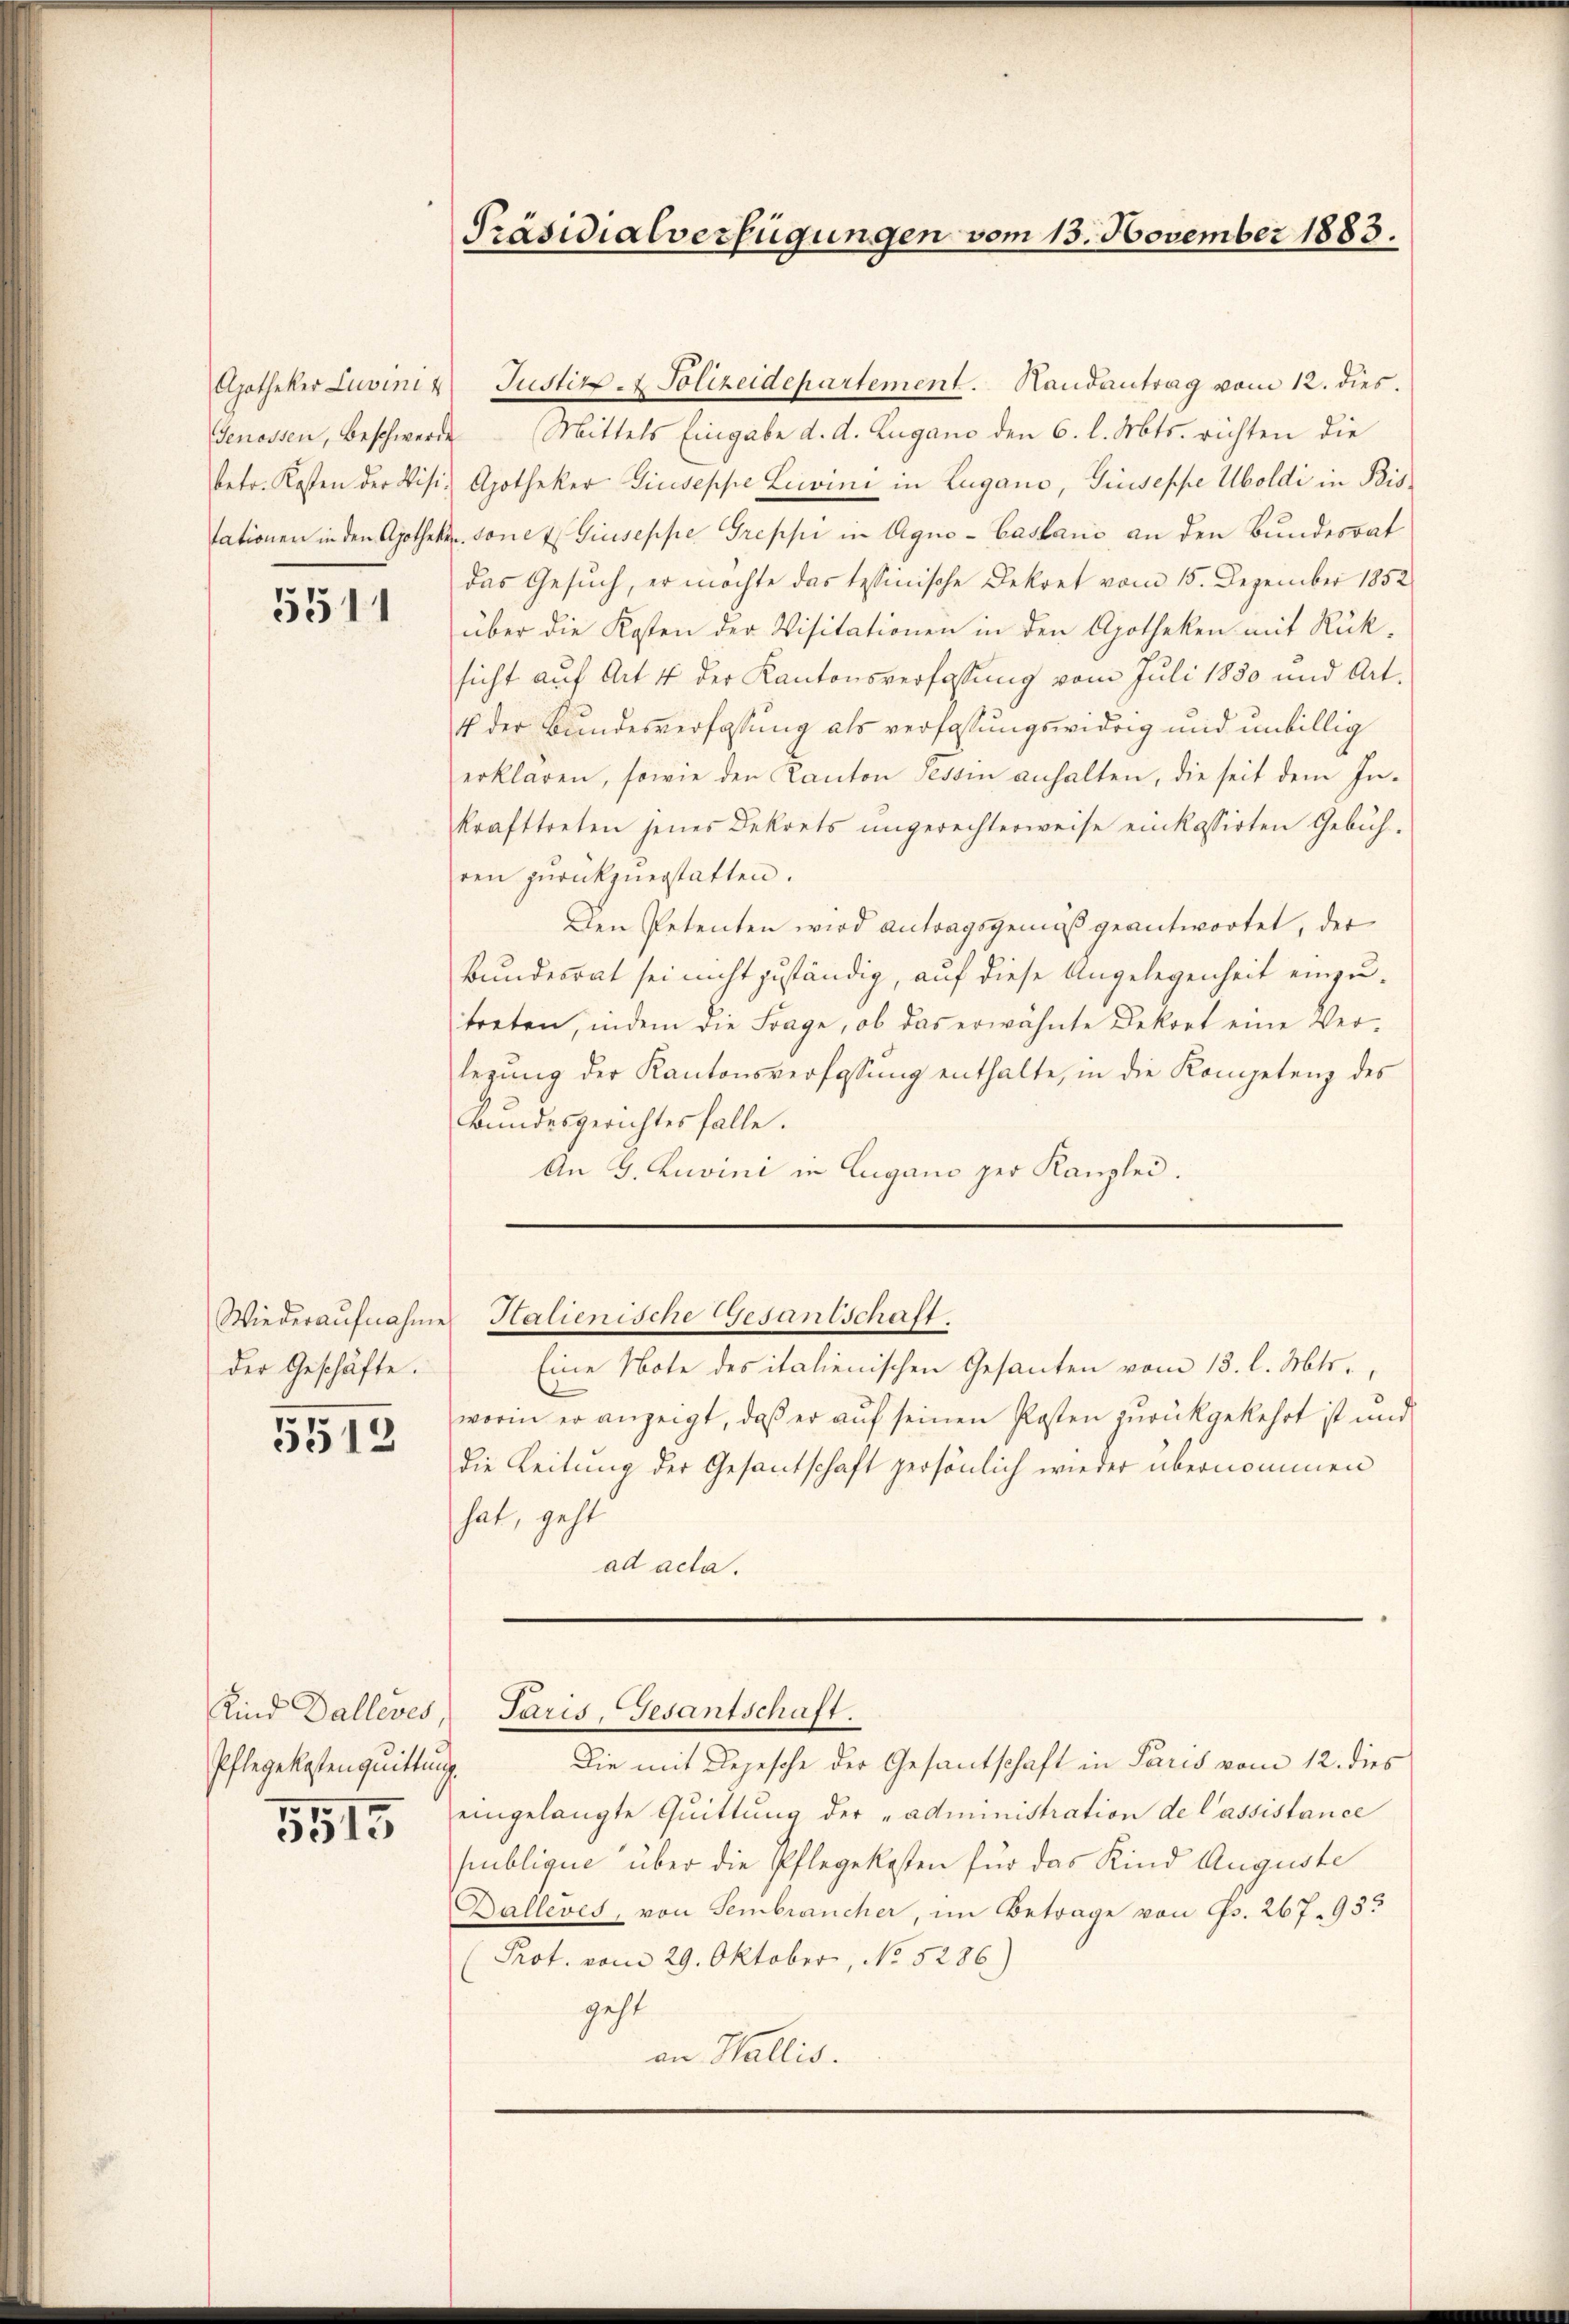
Genossen, Beschwerde

5511

Apotheker Luvini u Justiz- & Polizeidepartement. Handantrag vom 12. dies
Mittels Eingabe d. d. Zugano den 6. l. Mts. richten die
betr. Kosten der Visi, Apotheker Giuseppe Luvini in Lugano, Giuseppe Uboldi in Bristationen in den Apotheken. Sonet Giuseppe Treppe in Agno-Castani an den Bundesrat
das Gesŭch, er möchte das tessinische Dekret vom 15. Dezember 1852
über die Kosten der Visitationen in den Apotheken mit Rück-
sicht auf Art 14 der Kantonsverfassung vom Juli 1850 und Art.
4 der Bundesverfassung als verfassungswidrig und unbillig
erklären, sowie den Kanton Tessin anhalten, die seit dem In-
krafttreten jenes Dekrets ungerechterweise einkassirten Gebühren zŭrückzuerstatten.
Den Petenten wird Antragsgemäß geantwortet, der
Bundesrat sei nicht zuständig, auf diese Angelegenheit einzutreten, indem die Frage, ob das erwähnte Dekort eine Ver-
legŭng der Kantonsverfassŭng enthalte, in die Kompetenz des
Bundesgerichtes falle.
An G. Zuvini in Lugano per Kanzlei.

Wiederaufnahme
der Geschäfte.

5512

Pflegekosten quittung.

5515

Präsidialverfügungen vom 13. November 1883.

Eine Note des italienischen Gesanten vom 13. l. Mts.,
worin er anzeigt, daß er auf seinen Posten zurückgekehrt ist und
die Leitung der Gesantschaft persönlich wieder übernommen
hat, geht
ad acta.

Halienische Gesantschaft.

Die mit Depesche der Gesantschaft in Paris vom 12. dies
eingelangte Quittung der „administration de Cassistance
publique über die Pflegekosten für das Kind Auguste
Dalleves, von Sembrancher, im Betrage von Bs. 267. 93.
Prot. vom 29. Oktober, No. 5286)
geht
an Wallis.

Kind Dalleves Paris, Gesantschaft.